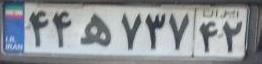
۴۴ه۷۳۷۴۲